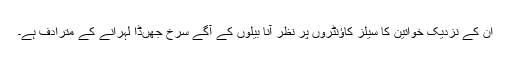
ان کے نزدیک خواتین کا سیلز کاؤنٹروں پر نظر آنا بیلوں کے آگے سرخ جھںڈا لہرانے کے مترادف ہے۔